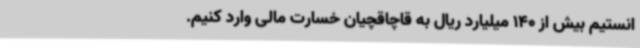
انستیم بیش از 140 میلیارد ریال به قاچاقچیان خسارت مالی وارد کنیم.